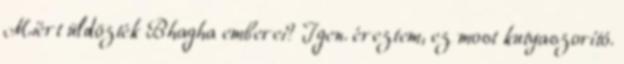
Miért üldözték Bhagha emberei? Igen. éreztem, ez most kutyaszorító.